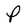
Character: P